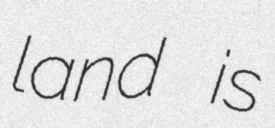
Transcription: land is